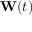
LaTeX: \mathbf { W } ( t )